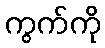
ကွက်ကို